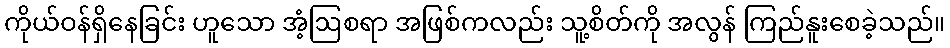
ကိုယ်ဝန်ရှိနေခြင်း ဟူသော အံ့ဩစရာ အဖြစ်ကလည်း သူ့စိတ်ကို အလွန် ကြည်နူးစေခဲ့သည်။